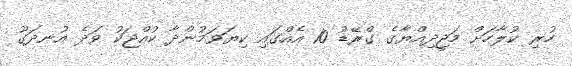
ހުރި ކުލާހަށް މަޖީދިއްޔާގެ ގްރޭޑު 10 އެއްގައި ކިޔަވަމުންދާ ކުއްޖަކު ވަދެ އުނދަގޫ